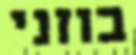
בוזני